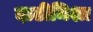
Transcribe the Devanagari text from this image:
दाढीमिशा